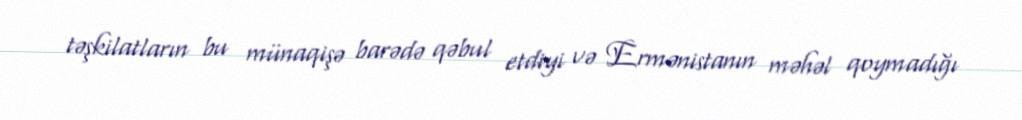
təşkilatların bu münaqişə barədə qəbul etdiyi və Ermənistanın məhəl qoymadığı